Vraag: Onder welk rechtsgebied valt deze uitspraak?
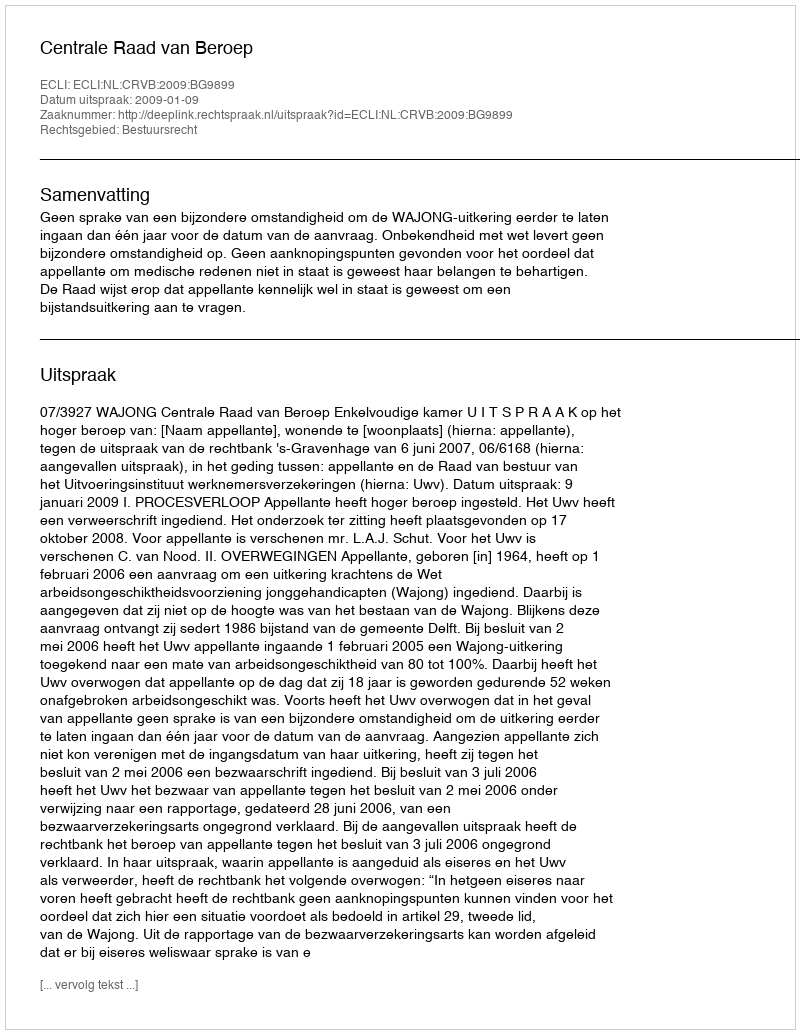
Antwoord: Bestuursrecht